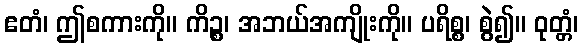
ဧတံ၊ ဤစကားကို။ ကိဉ္စ၊ အဘယ်အကျိုးကို။ ပရိစ္စ၊ စွဲ၍။ ဝုတ္တံ၊